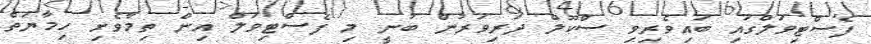
ފެސްޓިވަލްގައި ބައިވެރިވި ސްކޫލް ދަރިވަރުން ބުނީ މި ފެސްޓިވަލް އިން ތިމާވެށި ހިމާޔަތް